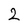
Character: 2